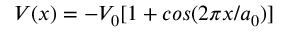
V ( x ) = - V _ { 0 } [ 1 + c o s ( 2 \pi x / a _ { 0 } ) ]